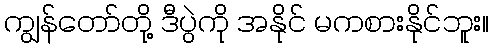
ကျွန်တော်တို့ ဒီပွဲကို အနိုင် မကစားနိုင်ဘူး။